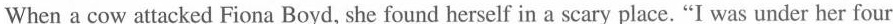
When a cow attacked Fiona Boyd, she found herself in a scary place. "I was under her four